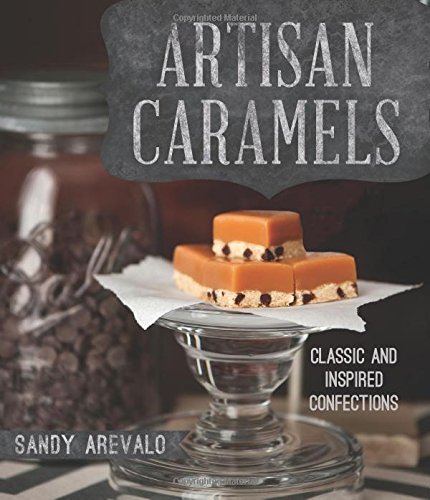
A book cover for Artisan Caramels; Sandy Arevalo; Cookbooks, Food & Wine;